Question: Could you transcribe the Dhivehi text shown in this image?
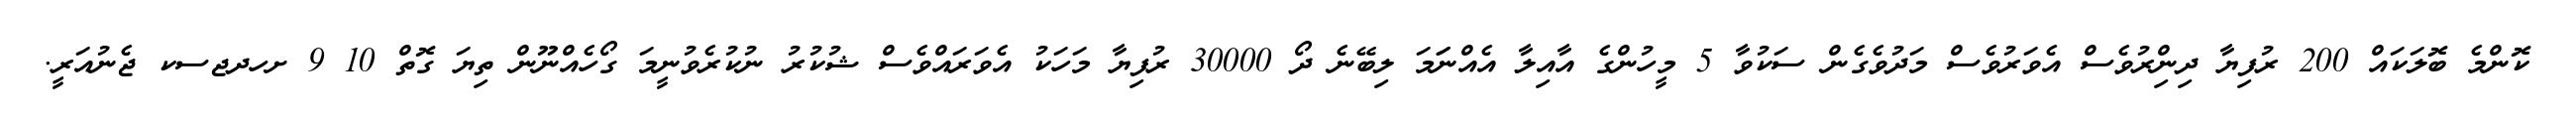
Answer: ކޮންމެ ބޮލަކައް 200 ރުފިޔާ ދިންިރުވެސް އެވަރުވެސް މަދުވެގެން ސަކުވާ 5 މީހުންގެ އާއިލާ އެއްނަަމަ ލިބޭނެ ދޯ 30000 ރުފިޔާ މަހަކު އެވަރައްވެސް ޝުކުރު ނުކުރެވުނީމަ ގޯހެއްނޫން ތިޔަ ގޮތް 10 9 ށހދޖސކ ޖެނުއަރީ.